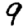
Digit: 9